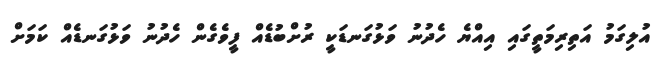
އުލިގަމު އަތިރިމަތީގައި އިއްޔެ ހެދުނު ވަޅުގަނޑަކީ ރުށްބުޑެއް ފީވެގެން ހެދުނު ވަޅުގަނޑެއް ކަމަށް